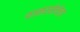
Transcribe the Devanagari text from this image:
वानरसेनेला